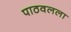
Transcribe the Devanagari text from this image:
पाठवलला